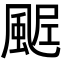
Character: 𩗑